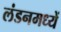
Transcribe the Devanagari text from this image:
लंडनमध्यें